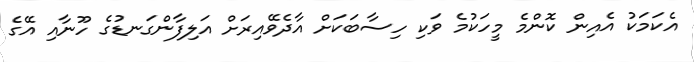
އެކަމަކު އެއިން ކޮންމެ މީހަކުމެ ވަކި ހިސާބަކަށް އާދެވޭއިރަށް އަލިފާންގަނޑުގެ ހޫނާއި އޭގެ